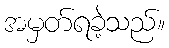
အမှတ်ရခဲ့သည်။